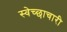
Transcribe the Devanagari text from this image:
स्‍वेच्‍छाचारी